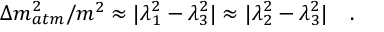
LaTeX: \Delta m _ { a t m } ^ { 2 } / m ^ { 2 } \approx | \lambda _ { 1 } ^ { 2 } - \lambda _ { 3 } ^ { 2 } | \approx | \lambda _ { 2 } ^ { 2 } - \lambda _ { 3 } ^ { 2 } | \quad .